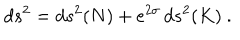
d s ^ { 2 } = d s ^ { 2 } ( N ) + e ^ { 2 \sigma } \, d s ^ { 2 } ( K ) ~ .